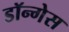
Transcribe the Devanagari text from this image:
डॉन्गेस